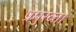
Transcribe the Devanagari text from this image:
प्रमुख्ता